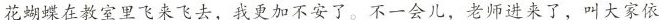
花蝴蝶在教室里飞来飞去，我更加不安了。不一会儿，老师进来了，叫大家依